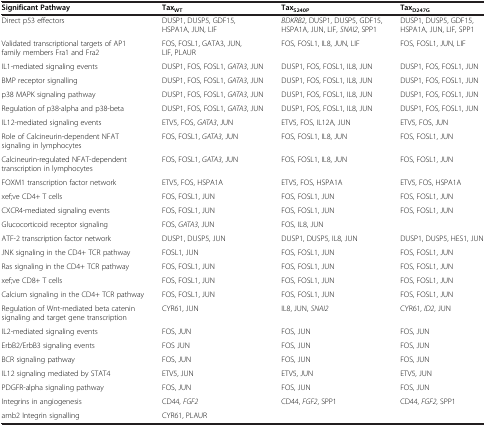
<table><thead><tr><td><b>Significant Pathway</b></td><td><b>Tax<sub>WT</sub></b></td><td><b>Tax<sub>S240P</sub></b></td><td><b>Tax<sub>D247G</sub></b></td></tr></thead><tbody><tr><td>Direct p53 effectors</td><td>DUSP1, DUSP5, GDF15, HSPA1A, JUN, LIF</td><td><i>BDKRB2</i>, DUSP1, DUSP5, GDF15, HSPA1A, JUN, LIF, <i>SNAI2</i>, SPP1</td><td>DUSP1, DUSP5, GDF15, HSPA1A, JUN, LIF, SPP1</td></tr><tr><td>Validated transcriptional targets of AP1 family members Fra1 and Fra2</td><td>FOS, FOSL1, GATA3, JUN, LIF, PLAUR</td><td>FOS, FOSL1, IL8, JUN, LIF</td><td>FOS, FOSL1, JUN, LIF</td></tr><tr><td>IL1-mediated signaling events</td><td>DUSP1, FOS, FOSL1, <i>GATA3</i>, JUN</td><td>DUSP1, FOS, FOSL1, IL8, JUN</td><td>DUSP1, FOS, FOSL1, JUN</td></tr><tr><td>BMP receptor signalling</td><td>DUSP1, FOS, FOSL1, <i>GATA3</i>, JUN</td><td>DUSP1, FOS, FOSL1, IL8, JUN</td><td>DUSP1, FOS, FOSL1, JUN</td></tr><tr><td>p38 MAPK signaling pathway</td><td>DUSP1, FOS, FOSL1, <i>GATA3</i>, JUN</td><td>DUSP1, FOS, FOSL1, IL8, JUN</td><td>DUSP1, FOS, FOSL1, JUN</td></tr><tr><td>Regulation of p38-alpha and p38-beta</td><td>DUSP1, FOS, FOSL1, <i>GATA3</i>, JUN</td><td>DUSP1, FOS, FOSL1, IL8, JUN</td><td>DUSP1, FOS, FOSL1, JUN</td></tr><tr><td>IL12-mediated signaling events</td><td>ETV5, FOS, <i>GATA3</i>, JUN</td><td>ETV5, FOS, IL12A, JUN</td><td>ETV5, FOS, JUN</td></tr><tr><td>Role of Calcineurin-dependent NFAT signaling in lymphocytes</td><td>FOS, FOSL1, <i>GATA3</i>, JUN</td><td>FOS, FOSL1, IL8, JUN</td><td>FOS, FOSL1, JUN</td></tr><tr><td>Calcineurin-regulated NFAT-dependent transcription in lymphocytes</td><td>FOS, FOSL1, <i>GATA3</i>, JUN</td><td>FOS, FOSL1, IL8, JUN</td><td>FOS, FOSL1, JUN</td></tr><tr><td>FOXM1 transcription factor network</td><td>ETV5, FOS, HSPA1A</td><td>ETV5, FOS, HSPA1A</td><td>ETV5, FOS, HSPA1A</td></tr><tr><td>xef;ve CD4+ T cells</td><td>FOS, FOSL1, JUN</td><td>FOS, FOSL1, JUN</td><td>FOS, FOSL1, JUN</td></tr><tr><td>CXCR4-mediated signaling events</td><td>FOS, FOSL1, JUN</td><td>FOS, FOSL1, JUN</td><td>FOS, FOSL1, JUN</td></tr><tr><td>Glucocorticoid receptor signaling</td><td>FOS, <i>GATA3</i>, JUN</td><td>FOS, IL8, JUN</td><td> </td></tr><tr><td>ATF-2 transcription factor network</td><td>DUSP1, DUSP5, JUN</td><td>DUSP1, DUSP5, IL8, JUN</td><td>DUSP1, DUSP5, HES1, JUN</td></tr><tr><td>JNK signaling in the CD4+ TCR pathway</td><td>FOSL1, JUN</td><td>FOS, FOSL1, JUN</td><td>FOS, FOSL1, JUN</td></tr><tr><td>Ras signaling in the CD4+ TCR pathway</td><td>FOS, FOSL1, JUN</td><td>FOS, FOSL1, JUN</td><td>FOS, FOSL1, JUN</td></tr><tr><td>xef;ve CD8+ T cells</td><td>FOS, FOSL1, JUN</td><td>FOS, FOSL1, JUN</td><td>FOS, FOSL1, JUN</td></tr><tr><td>Calcium signaling in the CD4+ TCR pathway</td><td>FOS, FOSL1, JUN</td><td>FOS, FOSL1, JUN</td><td>FOS, FOSL1, JUN</td></tr><tr><td>Regulation of Wnt-mediated beta catenin signaling and target gene transcription</td><td>CYR61, JUN</td><td>IL8, JUN, <i>SNAI2</i></td><td>CYR61, <i>ID2</i>, JUN</td></tr><tr><td>IL2-mediated signaling events</td><td>FOS, JUN</td><td>FOS, JUN</td><td>FOS, JUN</td></tr><tr><td>ErbB2/ErbB3 signaling events</td><td>FOS JUN</td><td>FOS, JUN</td><td>FOS, JUN</td></tr><tr><td>BCR signaling pathway</td><td>FOS, JUN</td><td>FOS, JUN</td><td>FOS, JUN</td></tr><tr><td>IL12 signaling mediated by STAT4</td><td>ETV5, JUN</td><td>ETV5, JUN</td><td>ETV5, JUN</td></tr><tr><td>PDGFR-alpha signaling pathway</td><td>FOS, JUN</td><td>FOS, JUN</td><td>FOS, JUN</td></tr><tr><td>Integrins in angiogenesis</td><td>CD44, <i>FGF2</i></td><td>CD44, <i>FGF2</i>, SPP1</td><td>CD44, <i>FGF2</i>, SPP1</td></tr><tr><td>amb2 Integrin signalling</td><td>CYR61, PLAUR</td><td> </td><td> </td></tr></tbody></table>